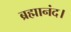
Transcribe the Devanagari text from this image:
ब्रह्मानंद।